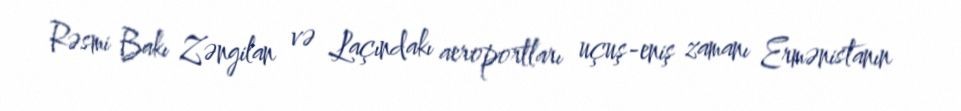
Rəsmi Bakı Zəngilan və Laçındakı aeroportları uçuş-eniş zamanı Ermənistanın